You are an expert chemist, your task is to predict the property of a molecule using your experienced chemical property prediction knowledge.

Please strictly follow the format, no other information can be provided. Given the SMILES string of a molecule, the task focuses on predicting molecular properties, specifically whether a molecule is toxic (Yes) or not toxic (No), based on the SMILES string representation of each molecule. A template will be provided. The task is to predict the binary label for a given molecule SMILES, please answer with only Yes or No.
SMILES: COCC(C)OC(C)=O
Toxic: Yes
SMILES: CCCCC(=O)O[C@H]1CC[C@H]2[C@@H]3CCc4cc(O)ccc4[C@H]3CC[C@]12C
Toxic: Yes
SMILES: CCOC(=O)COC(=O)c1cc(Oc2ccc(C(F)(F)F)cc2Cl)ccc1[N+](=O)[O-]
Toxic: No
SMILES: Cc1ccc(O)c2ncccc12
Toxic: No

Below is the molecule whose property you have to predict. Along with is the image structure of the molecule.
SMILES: N#Cc1ccc2c(c1)N(CCCN1CCC(O)CC1)c1ccccc1S2
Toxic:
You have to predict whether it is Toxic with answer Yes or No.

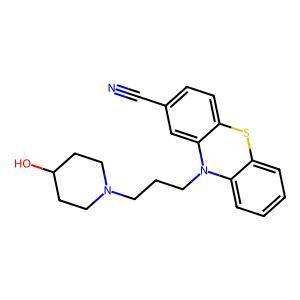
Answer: No